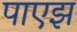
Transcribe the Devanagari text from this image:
पाएझ